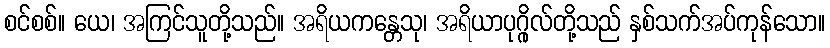
စင်စစ်။ ယေ၊ အကြင်သူတို့သည်။ အရိယကန္တေသု၊ အရိယာပုဂ္ဂိုလ်တို့သည် နှစ်သက်အပ်ကုန်သော။